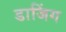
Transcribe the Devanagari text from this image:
डाजिंग